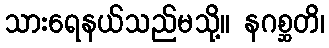
သားရေနယ်သည်မသို့။ နဂစ္ဆတိ၊